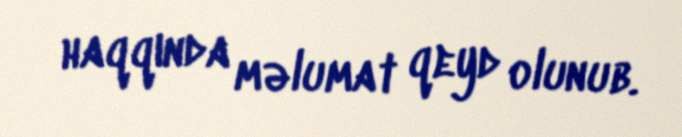
haqqında məlumat qeyd olunub.